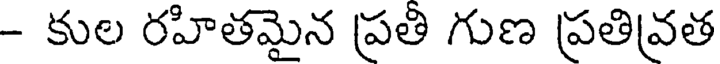
- కుల రహితమైన ప్రతి గుణ ప్రతివ్రత